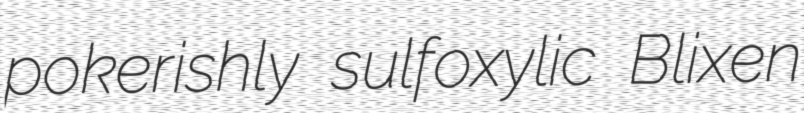
pokerishly sulfoxylic Blixen